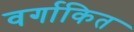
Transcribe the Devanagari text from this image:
वर्गाकित